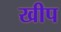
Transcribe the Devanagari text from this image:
खीप